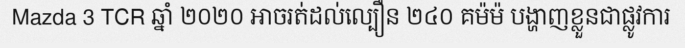
Mazda 3 TCR ឆ្នាំ ២០២០ អាចរត់ដល់ល្បឿន ២៤០ គម៉ម៉ បង្ហាញខ្លួនជាផ្លូវការ